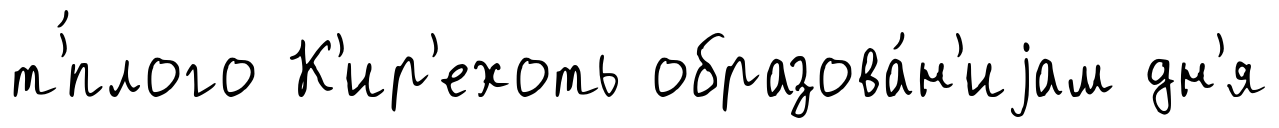
т'́плого К'ир'ехоть образова́н'иjам дн'я